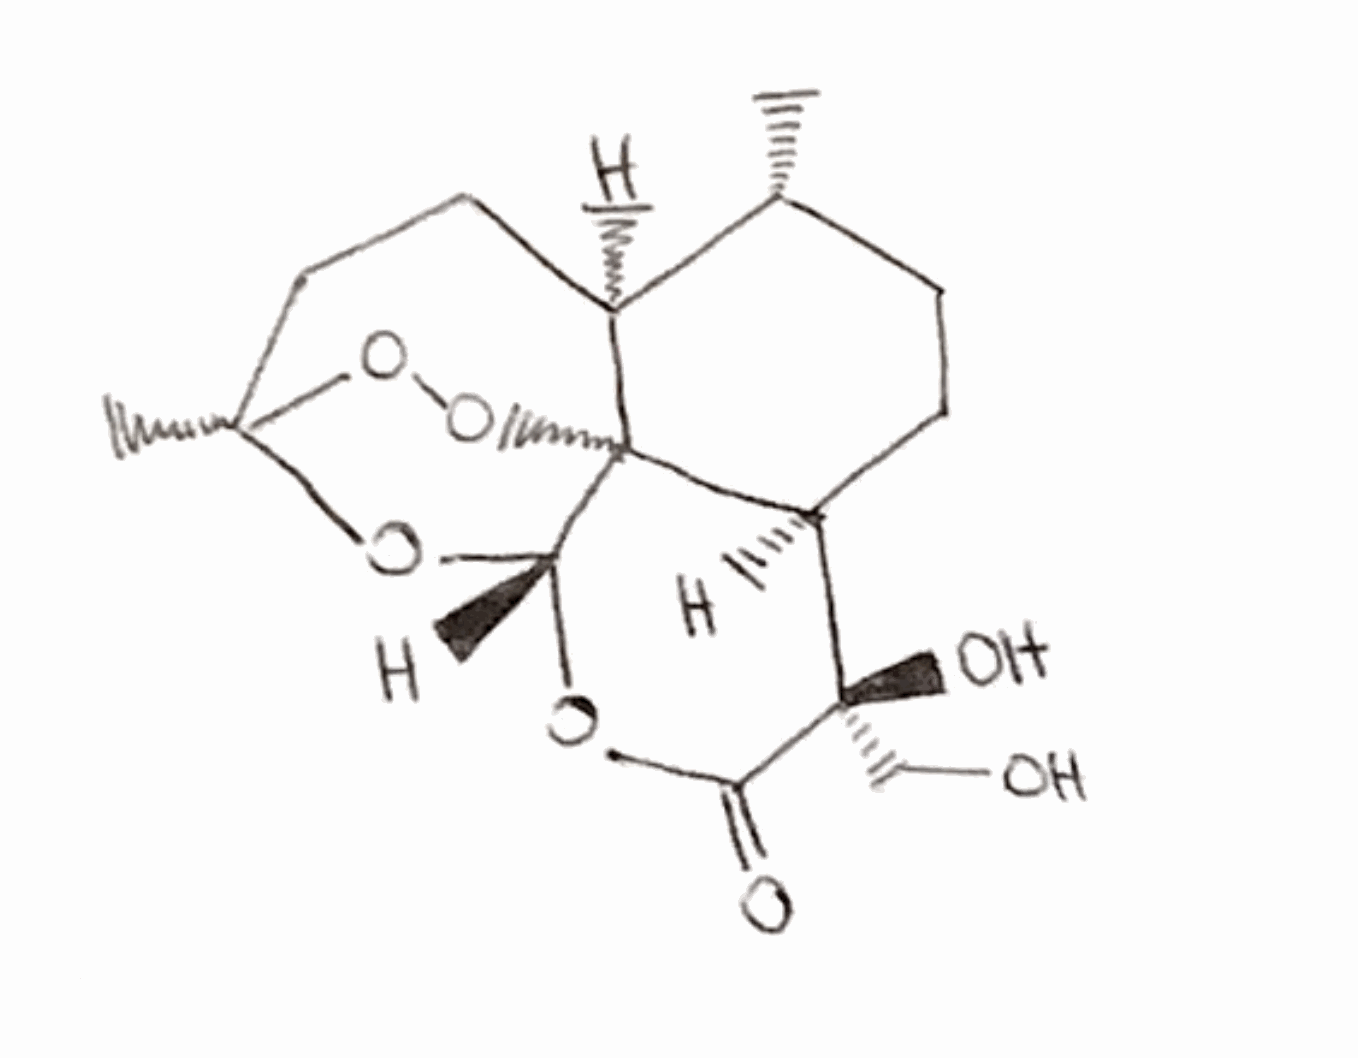
Simplified molecular-input line-entry system (SMILES) notation of the given molecule:
C[C@@H]1CC[C@H]2[C@@](C(=O)O[C@H]3[C@@]24[C@H]1CC[C@](O3)(OO4)C)(CO)O